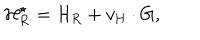
{ \cal H } _ { \mathrm { R } } ^ { \star } = { \cal H } _ { \mathrm { R } } + v _ { \mathrm { H } } \cdot \mathrm { G } ,